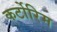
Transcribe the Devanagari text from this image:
कर्टोरिम